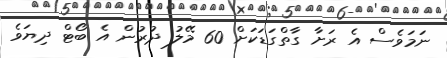
ނަމަވެސް އެ ރަށާ ގާތްގަޑަކަށް 60 މޭލު ދުރުން އެ ބޯޓް ދިޔަވެ